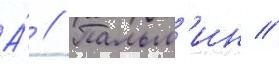
А́ // Пальм'ин //